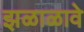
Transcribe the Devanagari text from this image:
झळाळावे